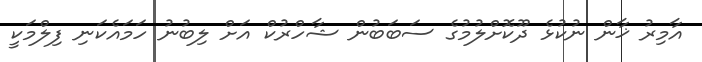
އާމިރު ޚާން ނުކުޅެ ދޫކޮށްލުމުގެ ސަބަބުން ޝާހްރުކް އަށް ލިބުނު ހަމައެކަނި ފިލްމަކީ